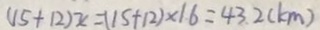
( 1 5 + 1 2 ) x = ( 1 5 + 1 2 ) \times 1 6 = 4 3 . 2 ( k m )